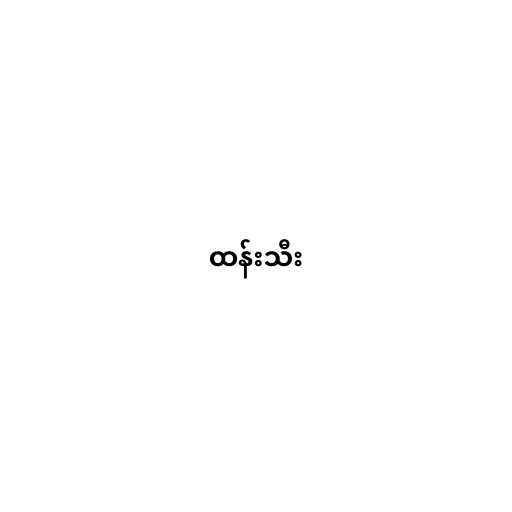
ထန်းသီး